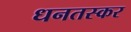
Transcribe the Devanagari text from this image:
धनतस्कर